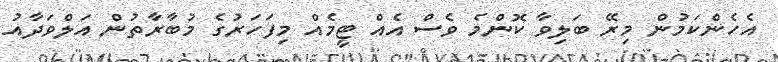
އެހެންކަމުން މިރޭ ބަލިވާ ކޮންމެ ވެސް އެއް ޓީމެއް މިފަހަރުގެ މުބާރާތުން އަލްވަދާއު